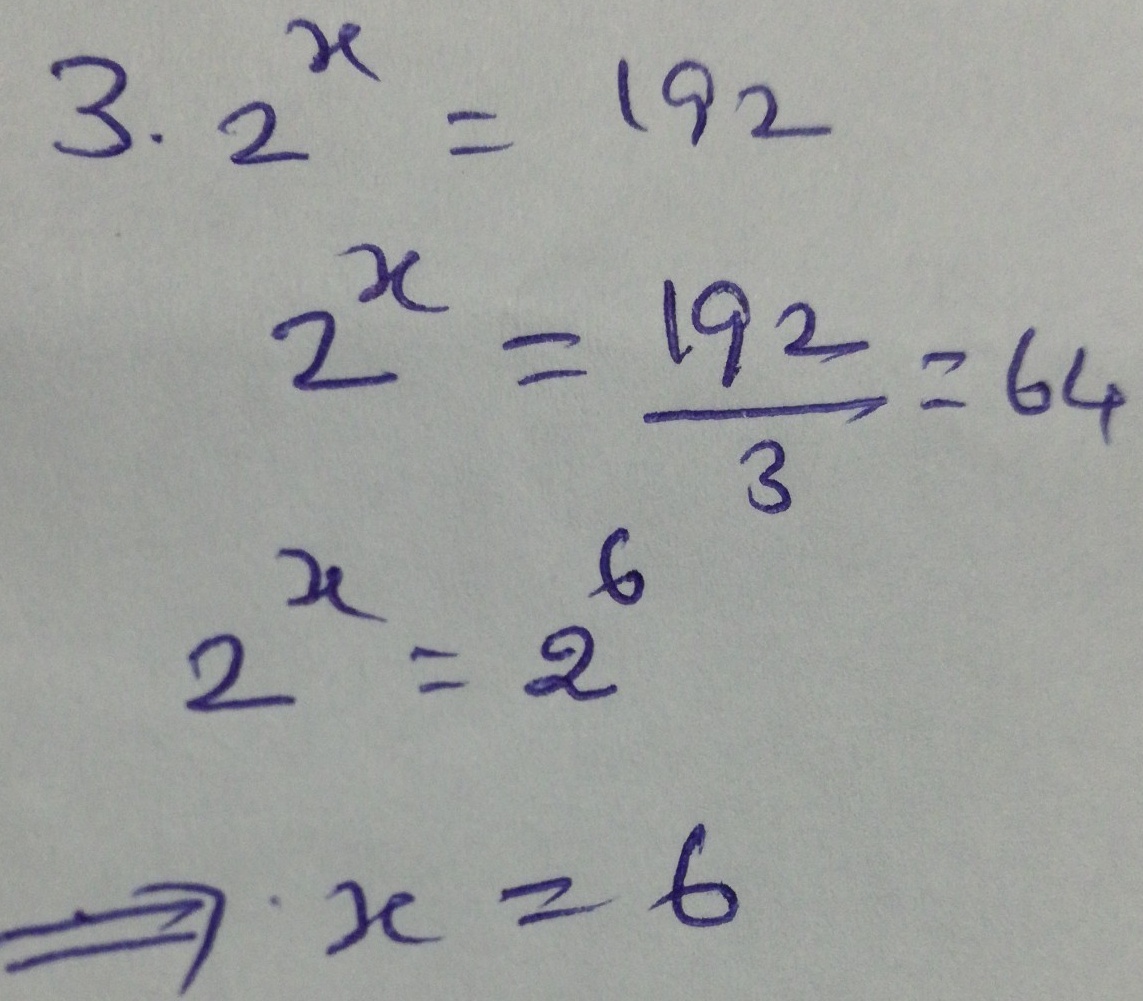
\[
\begin{align*}
3\cdot 2^{x}&= 192\\
2^{x}&=\frac{192}{3}=64\\
2^{x}&=2^{6}\\
\Rightarrow x&=6
\end{align*}
\]